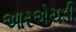
આરએચડી